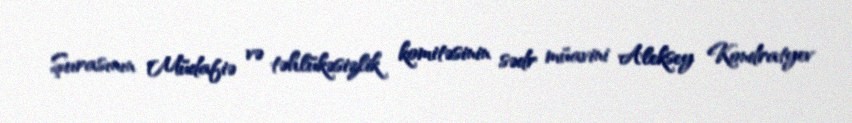
Şurasının Müdafiə və təhlükəsizlik komitəsinin sədr müavini Aleksey Kondratyev